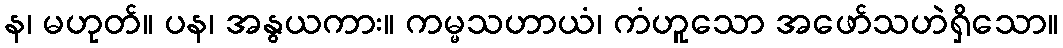
န၊ မဟုတ်။ ပန၊ အနွယကား။ ကမ္မသဟာယံ၊ ကံဟူသော အဖော်သဟဲရှိသော။